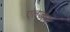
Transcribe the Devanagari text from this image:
एलजूफ